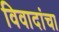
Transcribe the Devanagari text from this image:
विवादांचा